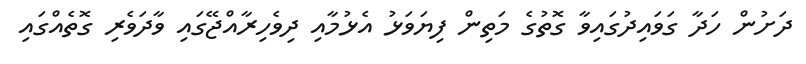
ދަށުން ހަދާ ގަވައިދުގައިވާ ގޮތުގެ މަތިން ފިޔަވަޅު އެޅުމާއި ދިވެހިރާއްޖޭގައި ވާދަވެރި ގޮތެއްގައި